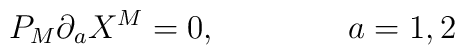
P_{M}\partial_{a}X^{M} = 0,\qquad\qquad a=1,2